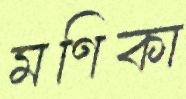
মণিকা